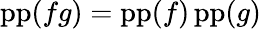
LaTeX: \operatorname{pp}(fg)=\operatorname{pp}(f)\operatorname{pp}(g)